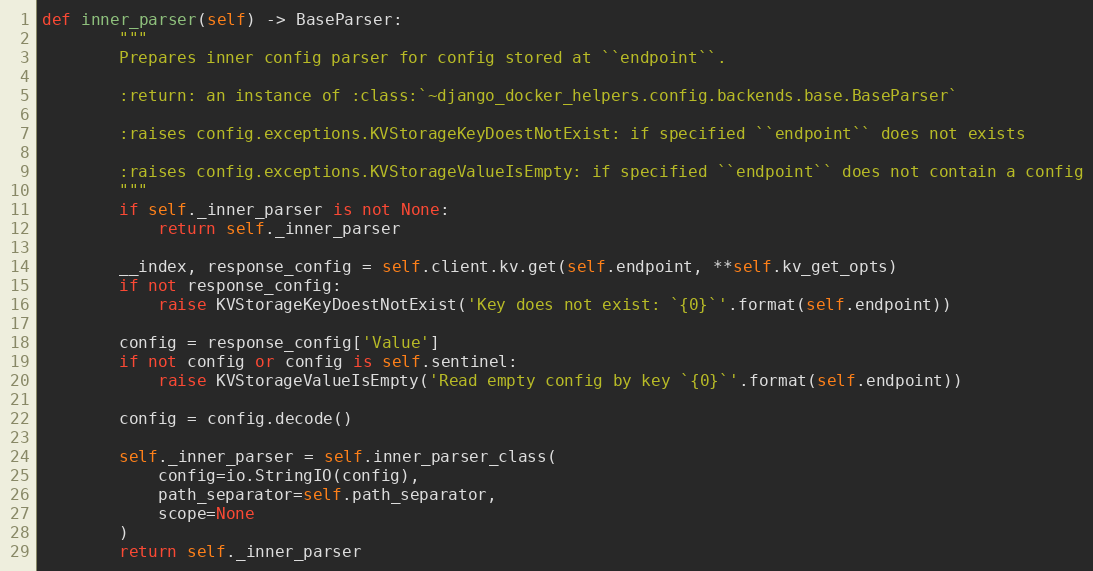
Language: Python
def inner_parser(self) -> BaseParser:
        """
        Prepares inner config parser for config stored at ``endpoint``.

        :return: an instance of :class:`~django_docker_helpers.config.backends.base.BaseParser`

        :raises config.exceptions.KVStorageKeyDoestNotExist: if specified ``endpoint`` does not exists

        :raises config.exceptions.KVStorageValueIsEmpty: if specified ``endpoint`` does not contain a config
        """
        if self._inner_parser is not None:
            return self._inner_parser

        __index, response_config = self.client.kv.get(self.endpoint, **self.kv_get_opts)
        if not response_config:
            raise KVStorageKeyDoestNotExist('Key does not exist: `{0}`'.format(self.endpoint))

        config = response_config['Value']
        if not config or config is self.sentinel:
            raise KVStorageValueIsEmpty('Read empty config by key `{0}`'.format(self.endpoint))

        config = config.decode()

        self._inner_parser = self.inner_parser_class(
            config=io.StringIO(config),
            path_separator=self.path_separator,
            scope=None
        )
        return self._inner_parser